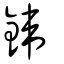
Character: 鍏